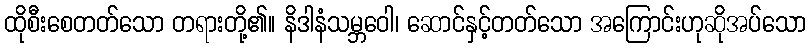
ထိုစီးစေတတ်သော တရားတို့၏။ နိဒါနံသမ္ဘဝေါ၊ ဆောင်နှင့်တတ်သော အကြောင်းဟုဆိုအပ်သော